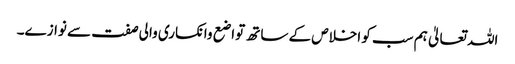
اللہ تعالیٰ ہم سب کو اخلاص کے ساتھ تواضع وانکساری والی صفت سے نوازے۔